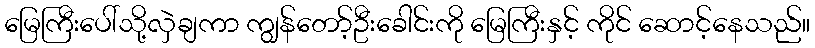
မြေကြီးပေါ်သို့လှဲချကာ ကျွန်တော့်ဦးခေါင်းကို မြေကြီးနှင့် ကိုင် ဆောင့်နေသည်။